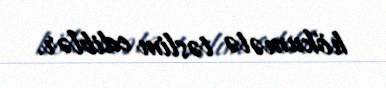
hökumətə təslim ediblər.